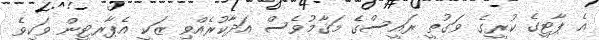
އެ ޕާޓީގެ ކުރީގެ ވަގުތީ ރައީސްގެ މަޤާމުވެސް އަދާކުރެއްވި ޒަކީ އެޕާރޓީން ވަކިވެ